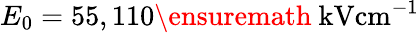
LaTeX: E_{0}=55,110\ensuremath{~\mathrm{kV}\mathrm{cm}^{-1}}